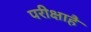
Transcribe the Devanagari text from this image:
परीक्षाहै